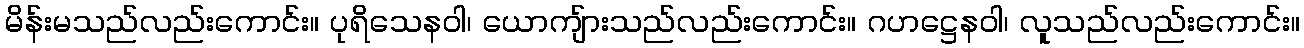
မိန်းမသည်လည်းကောင်း။ ပုရိသေနဝါ၊ ယောကျ်ားသည်လည်းကောင်း။ ဂဟဋ္ဌေနဝါ၊ လူသည်လည်းကောင်း။